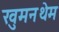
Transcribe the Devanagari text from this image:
खुमनथेम